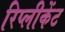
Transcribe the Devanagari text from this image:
रिप्लीकेंट